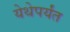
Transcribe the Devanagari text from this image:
येथेपर्यंत